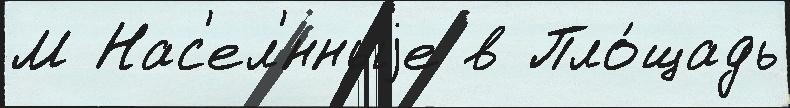
М Нас'ел'́нныjе в Пло́щадь